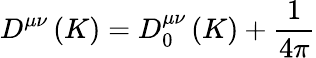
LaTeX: D^{\mu\nu}\left(K\right)=D_{0}^{\mu\nu}\left(K\right)+\frac{1}{4\pi}